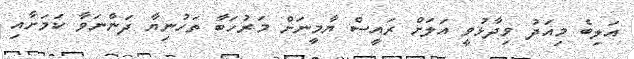
އަލިބެ މިއަދު ވިދާޅުވީ އަލަށް ރައީސް ޔާމީނަށް މަރުހަބާ ތަހުނިޔާ ދަންނަވާ ކަމަށާއި